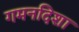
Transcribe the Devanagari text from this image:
गमनदिशा